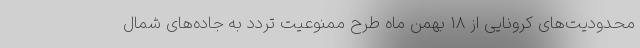
محدودیت‌های کرونایی از ۱۸ بهمن ماه طرح ممنوعیت تردد به جاده‌های شمال